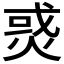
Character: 𤉹